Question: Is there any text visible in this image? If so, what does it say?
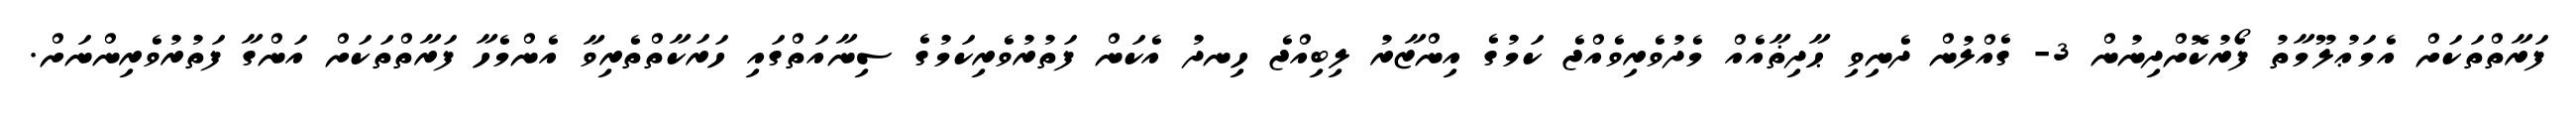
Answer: ފަރާތްތަކަށް އެމަޢުލޫމާތު ފޯރުކޮށްދިނުން 3- ގެއްލުން ދެނިވި ޙާދިޡާއެއް މެދުވެރިވެއްޖެ ކަމުގެ އިންޒާރު ލިބިއްޖެ ހިނދު އެކަން ފަތުރުވެރިކަމުގެ ސިނާއަތްގައި ހަރަކާތްތެރިވާ އެންމެހާ ފަރާތްތަކަށް އަންގާ ފަތުރުވެރިންނަށް.